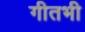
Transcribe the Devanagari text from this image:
गीतभी